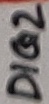
Text: DIG2